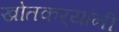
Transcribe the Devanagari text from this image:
खोतकर्‍यांनी